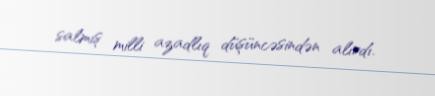
salmış milli azadlıq düşüncəsindən alırdı.